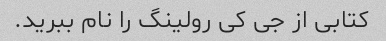
کتابی از جی کی رولینگ را نام ببرید.